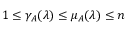
1 \leq \gamma _ { A } ( \lambda ) \leq \mu _ { A } ( \lambda ) \leq n